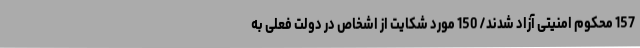
157 محکوم امنیتی آزاد شدند/ 150 مورد شکایت از اشخاص در دولت فعلی به